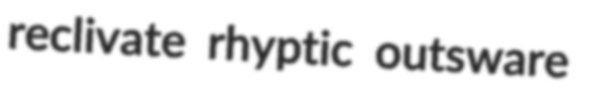
reclivate rhyptic outsware